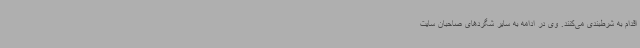
اقدام به شرط‌بندی می‌کنند. وی در ادامه به سایر شگردهای صاحبان سایت